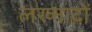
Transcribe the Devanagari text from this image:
लख्नादों